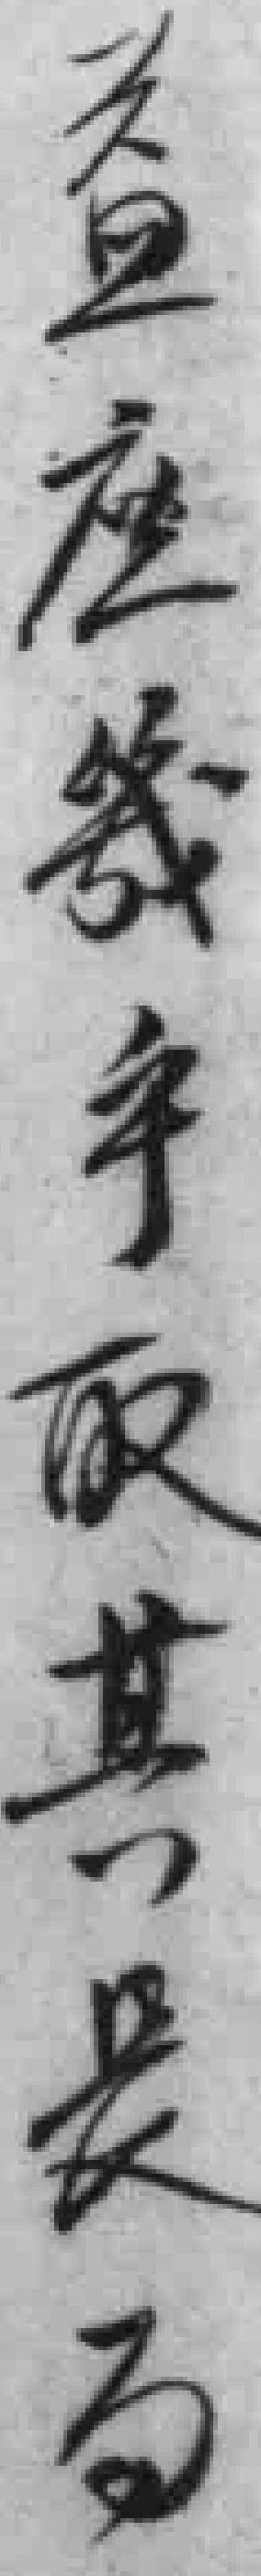
益应幾乎取其長勿